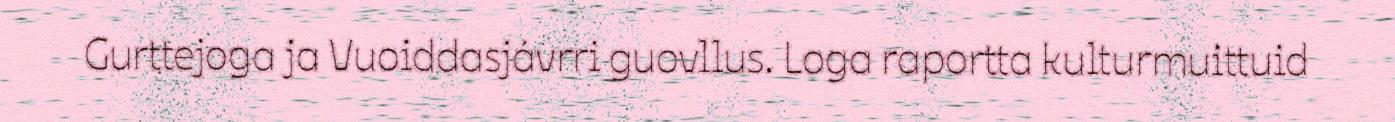
Gurttejoga ja Vuoiddasjávrri guovllus. Loga raportta kulturmuittuid